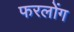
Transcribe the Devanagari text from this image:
फरलोंग